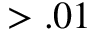
> . 0 1